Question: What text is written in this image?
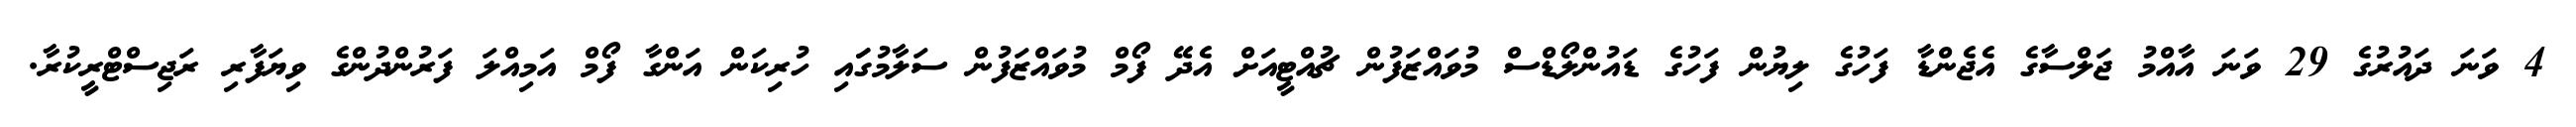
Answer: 4 ވަނަ ދައުރުގެ 29 ވަނަ އާއްމު ޖަލްސާގެ އެޖެންޑާ ފަހުގެ ލިޔުން ފަހުގެ ޑައުންލޯޑްސް މުވައްޒަފުން ޗުއްޓީއަށް އެދޭ ފޯމް މުވައްޒަފުން ސަލާމުގަައި ހުރިކަން އަންގާ ފޯމް އަމިއްލަ ފަރުންދުންގެ ވިޔަފާރި ރަޖިސްޓްރީކުރާ.